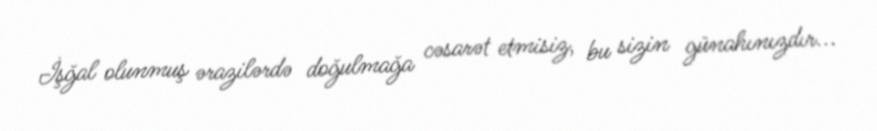
İşğal olunmuş ərazilərdə doğulmağa cəsarət etmisiz, bu sizin günahınızdır...